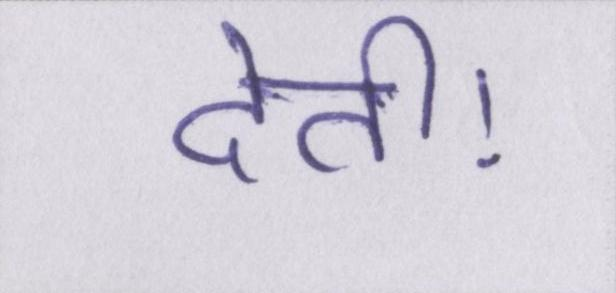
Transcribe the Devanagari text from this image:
देती।